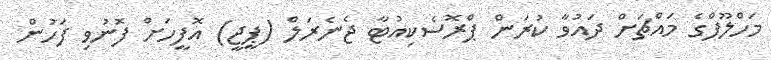
މަހްލޫފްގެ މައްޗަށް ދައުވާ ކުރަން ޕްރޮސެކިއުޓާ ޖެނެރަލް (ޕީޖީ) އޮފީހަށް ފޮނުވި ފަހުން